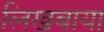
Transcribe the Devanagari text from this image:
लिखबाया